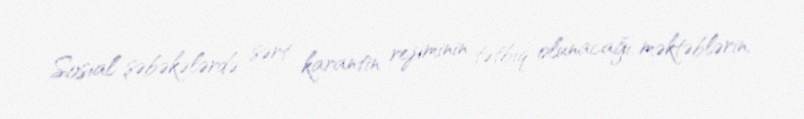
Sosial şəbəkələrdə sərt karantin rejiminin tətbiq olunacağı, məktəblərin,